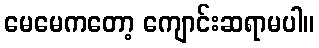
မေမေကတော့ ကျောင်းဆရာမပါ။